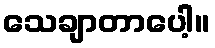
သေချာတာပေါ့။